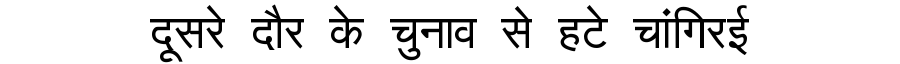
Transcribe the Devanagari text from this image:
दूसरे दौर के चुनाव से हटे चांगिरई